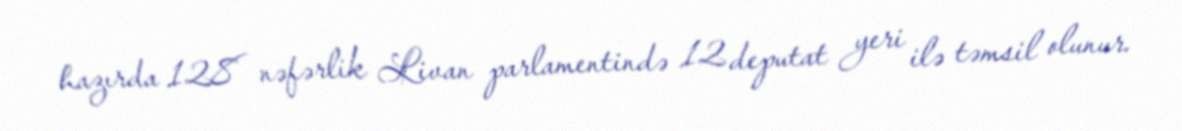
hazırda 128 nəfərlik Livan parlamentində 12 deputat yeri ilə təmsil olunur.